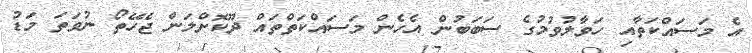
އެ މަސައްކަތާއި ހަވާލުވުމުގެ ސަބަބުން އެހެން މަސައްކަތްތައް ދޫކޮށްލަން ޖެހޭތޯ ނުވަތަ މަޑު